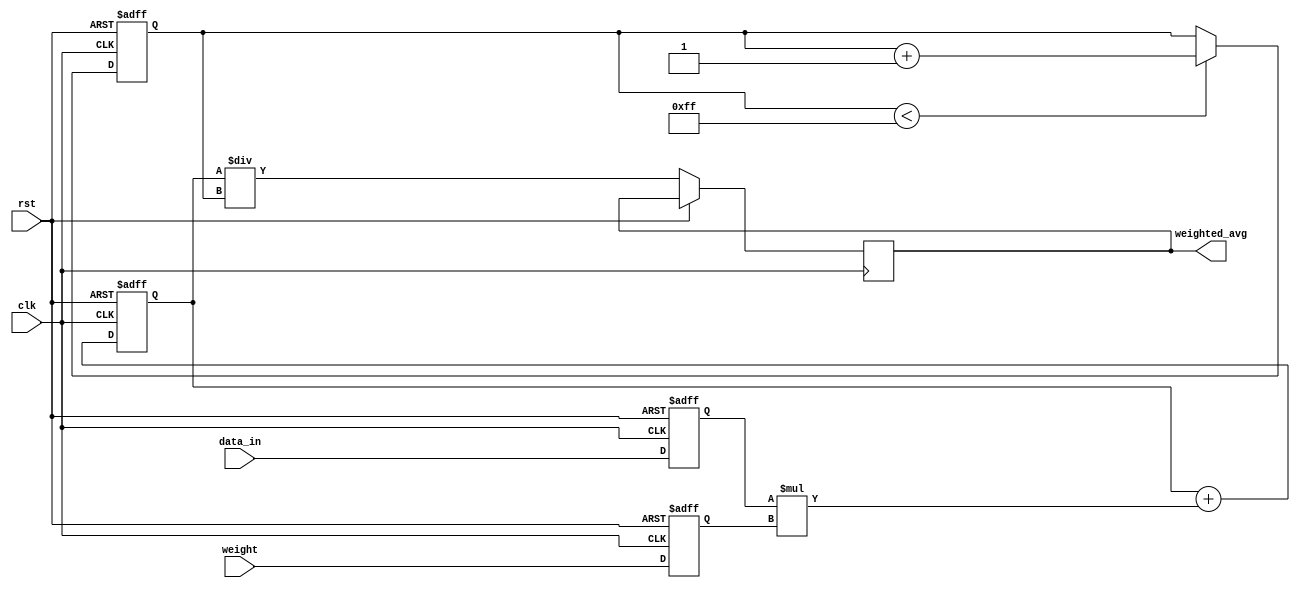
module weighted_moving_avg_accumulator (
  input wire clk,
  input wire rst,
  input wire [7:0] data_in,
  input wire [7:0] weight,
  output reg [15:0] weighted_avg
);

reg [7:0] data_in_reg;
reg [7:0] weight_reg;
reg [15:0] sum;
reg [7:0] total_weight;
reg [15:0] weighted_sum;

// Register to store data input
always @(posedge clk or posedge rst) begin
  if (rst) begin
    data_in_reg <= 0;
  end else begin
    data_in_reg <= data_in;
  end
end

// Register to store weight
always @(posedge clk or posedge rst) begin
  if (rst) begin
    weight_reg <= 0;
  end else begin
    weight_reg <= weight;
  end
end

// Calculate weighted sum
always @(posedge clk or posedge rst) begin
  if (rst) begin
    sum <= 0;
    total_weight <= 0;
  end else begin
    if (total_weight < 255) begin
      total_weight <= total_weight + 1;
    end
    sum <= sum + (data_in_reg * weight_reg);
    weighted_sum <= sum / total_weight;
  end
end

// Output weighted average
always @(*) begin
  weighted_avg = weighted_sum;
end

endmodule